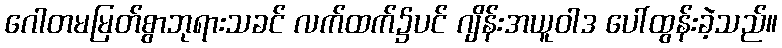
ဂေါတမမြတ်စွာဘုရားသခင် လက်ထက်၌ပင် ဂျိန်းအယူဝါဒ ပေါ်ထွန်းခဲ့သည်။